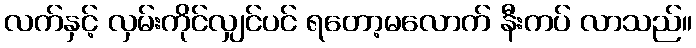
လက်နှင့် လှမ်းကိုင်လျှင်ပင် ရတော့မလောက် နီးကပ် လာသည်။